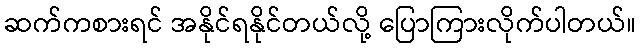
ဆက်ကစားရင် အနိုင်ရနိုင်တယ်လို့ ပြောကြားလိုက်ပါတယ်။